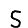
Digit: 5